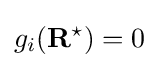
g_{i}(\mathbf {R} ^{\star })=0